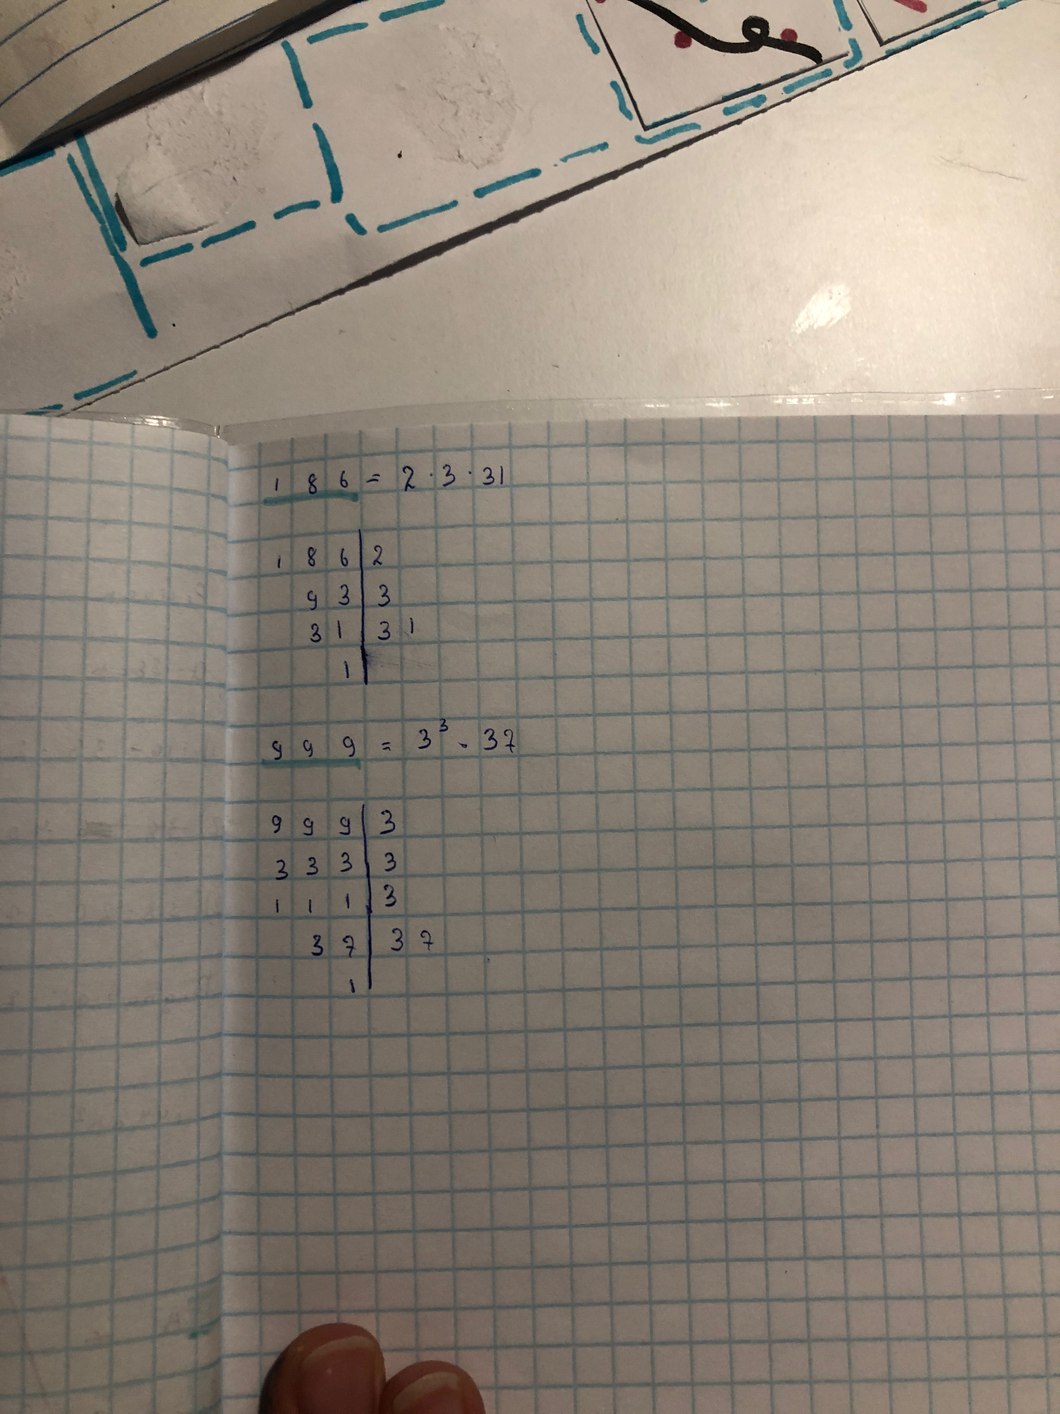
186 = 2 \cdot 3 \cdot 31
\begin{array}{r|l} 186 & 2 \\ \cline{2-2} 93 & 3 \\ \cline{1-1} - 31 & 31\\ cline{1-1} & \end{array}
999 = 3^3 \cdot 37
\begin{array}{r|l} 999 & 3 \\ \cline{2-2} 333 & 3 \\ \cline{1-1}  111 & 3\\ cline{1-1}37 & 37\\ cline{1-1}& \end{array}